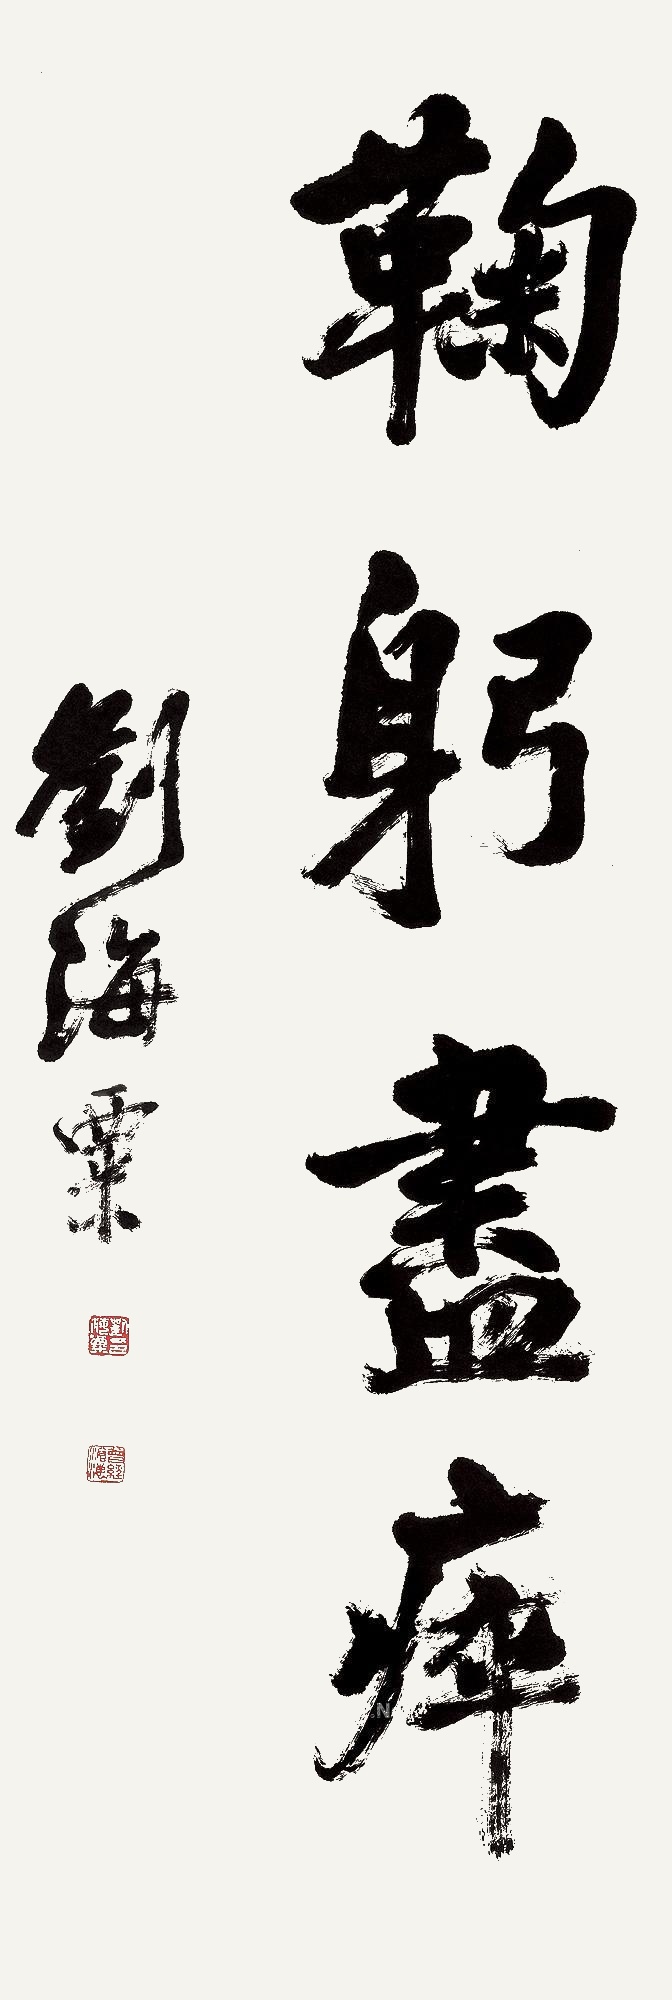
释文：曾经沧海刘海粟。